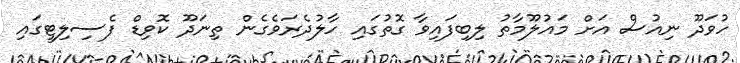
ހުވަދޫ ނިއުސް އަށް މައުލޫމާތު ލިބިފައިވާ ގޮތުގައި ހާލުދެރަވެގެން ތިނަދޫ ކޮވިޑް ފެސިލިޓީގައި